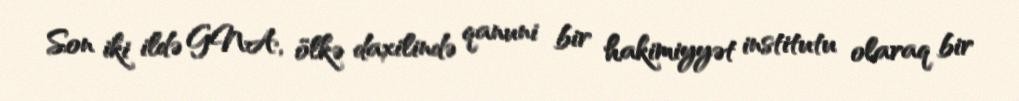
Son iki ildə GNA, ölkə daxilində qanuni bir hakimiyyət institutu olaraq bir